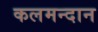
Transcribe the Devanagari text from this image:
कलमन्दान